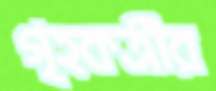
গৃহকর্ত্রীর